Vaccination in the Punjab 1883-1896 - 1883-1896
Year: 1883
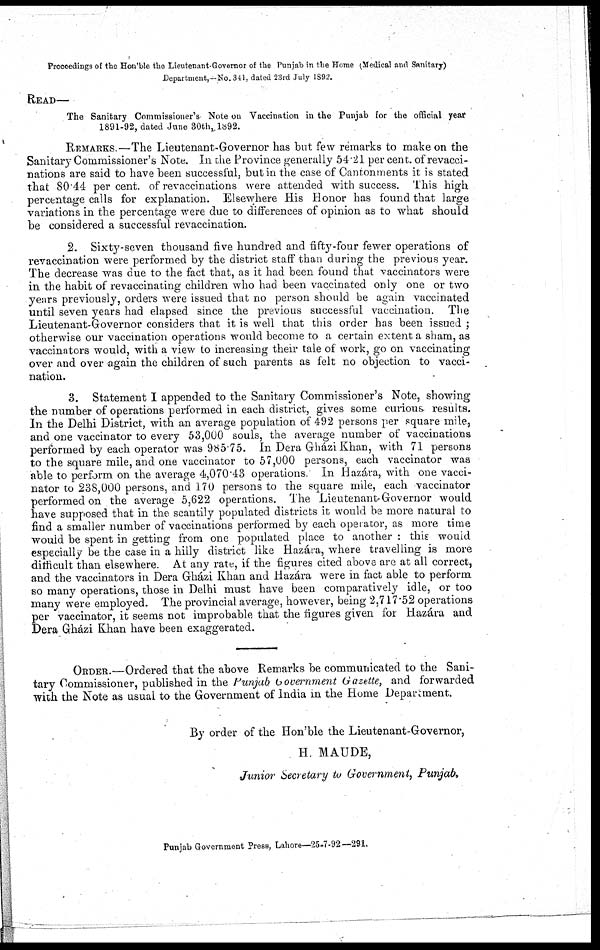
Proceedings of the Hon'ble the Lieutenant-Governor of the Punjab in the Home (Medical and Sanitary)
Department,—No. 341. dated 23rd July 1892.
READ—
The Sanitary Commissioner's Note on Vaccination in the Punjab for the official year
1891-92, dated June 30th, 1892.
REMARKS.—The Lieutenant-Governor has but few remarks to make on the
Sanitary Commissioner's Note. In the Province generally 54.21 per cent. of revacci¬
nations are said to have been successful, but in the case of Cantonments it is stated
that 80.44 per cent. of revaccinations were attended with success. This high
percentage calls for explanation. Elsewhere His Honor has found that large
variations in the percentage were due to differences of opinion as to what should
be considered a successful revaccination.
2. Sixty-seven thousand five hundred and fifty-four fewer operations of
revaccination were performed by the district staff than during the previous year.
The decrease was due to the fact that, as it had been found that vaccinators were
in the habit of revaccinating children who had been vaccinated only one or two
years previously, orders were issued that no person should be again vaccinated
until seven years had elapsed since the previous successful vaccination. The
Lieutenant-Governor considers that it is well that this order has been issued ;
otherwise our vaccination operations would become to a certain extent a sham, as
vaccinators would, with a view to increasing their tale of work, go on vaccinating
over and over again the children of such parents as felt no objection to vacci-
nation.
3. Statement I appended to the Sanitary Commissioner's Note, showing
the number of operations performed in each district, gives some curious results.
In the Delhi District, with an average population of 492 persons per square mile,
and one vaccinator to every 53,000 souls, the average number of vaccinations
performed by each operator was 985.75. In Dera Gházi Khan, with 71 persons
to the square mile, and one vaccinator to 57,000 persons, each vaccinator was
able to perform on the average 4,070.43 operations
In Hazára, with one vacci-
nator to 238,000 persons, and 170 persons to the square mile, each vaccinator
performed on the average 5,622 operations. The Lieutenant-Governor would
have supposed that in the scantily populated districts it would be more natural to
find a smaller number of vaccinations performed by each operator, as more time
would be spent in getting from one populated place to another : this would
especially be the case in a hilly district like Hazára, where travelling is more
difficult than elsewhere. At any rate, if the figures cited above are at all correct,
and the vaccinators in Dera Gházi Khan and Hazára were in fact able to perform
so many operations, those in Delhi must have been comparatively idle, or too
many were employed. The provincial average, however, being 2,717.52 operations
per vaccinator, it seems not improbable that the figures given for Hazára and
Dera Gházi Khan have been exaggerated.
ORDER.—Ordered that the above Remarks be communicated to the Sani-
tary Commissioner, published in the Punjab Government Gazette, and forwarded
with the Note as usual to the Government of India in the Home Department.
By order of the Hon'ble the Lieutenant-Governor,
H. MAUDE,
Junior Secretary to Government, Punjab.
Punjab Government Press, Lahore—25-7-92—291.